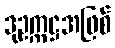
ဒုဥက္ကဋ္ဌအဖြစ်